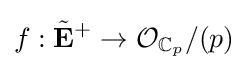
f:{\tilde {\mathbf {E} }}^{+}\to {\mathcal {O}}_{\mathbb {C} _{p}}/(p)